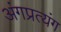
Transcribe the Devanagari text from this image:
अंगप्रत्यंग